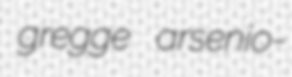
gregge arsenio-